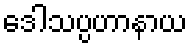
ဒေါသပ္ပဟာနာယ